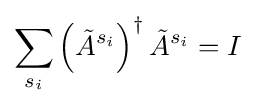
\sum _{s_{i}}\left({\tilde {A}}^{s_{i}}\right)^{\dagger }{\tilde {A}}^{s_{i}}=I